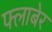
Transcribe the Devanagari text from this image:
फ्लाबेर